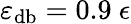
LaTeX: \varepsilon_{\mathrm{db}}=0.9~\epsilon